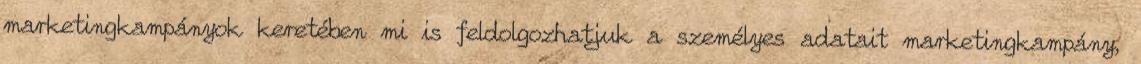
marketingkampányok keretében mi is feldolgozhatjuk a személyes adatait marketingkampány,